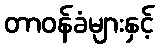
တာဝန်ခံများနှင့်